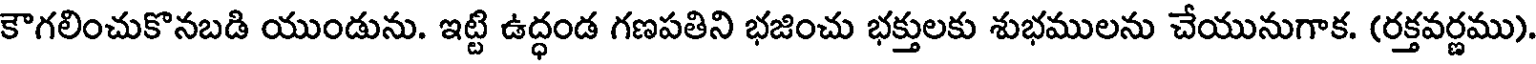
కౌగలించుకొనబడి యుండును. ఇట్టి ఉద్ధండ గణపతిని భజించు భక్తులకు శుభములను చేయునుగాక. (రక్తవర్ణము).